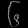
Digit: ၆